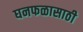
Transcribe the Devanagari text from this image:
घनफळासाठी